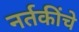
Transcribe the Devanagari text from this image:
नर्तकींचे